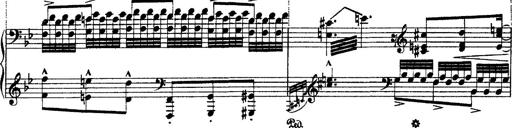
Title: Ã‰tudes d'exÃ©cution transcendante d'aprÃ¨s Paganini
Composer: Franz Liszt